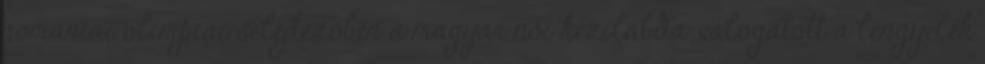
romániai olimpiai selejtezőben a magyar női kézilabda-válogatott a lengyelek